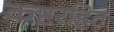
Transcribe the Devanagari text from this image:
कष्टरहित